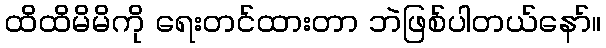
ထိထိမိမိကို ရေးတင်ထားတာ ဘဲဖြစ်ပါတယ်နော်။